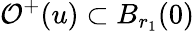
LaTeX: \mathcal{O}^{+}(u)\subset B_{r_{1}}(0)